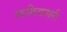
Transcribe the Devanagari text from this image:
स्वमित्ववाली